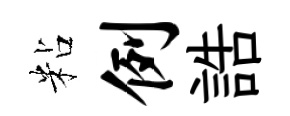
粘例誥